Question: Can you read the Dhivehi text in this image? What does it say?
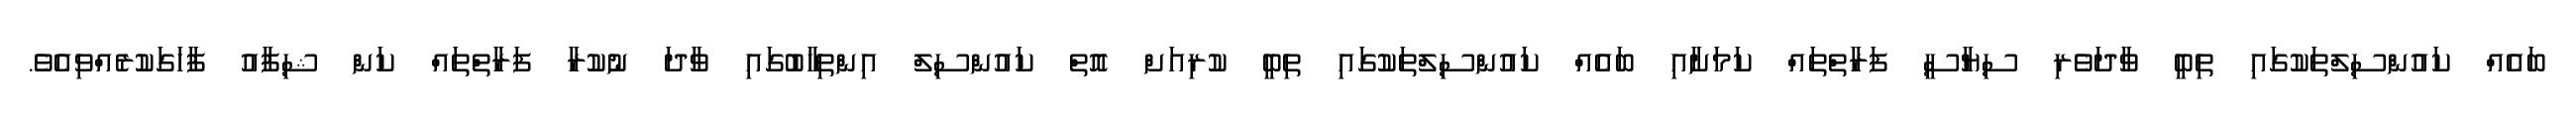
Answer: ބައެއް ކައުންސިލްތަކުގައި ތިބީ ވާދަވެރި ސިޔާސީ ފަރާތްތައް ކަމަށާއި ބައެއް ކައުންސިލްތަކުގައި ތިބީ ކުރިއަށް އޮތް ކައުންސިލް އިންތިޚާބުގައި ވާދަ ނުކުރާ ފަރާތްތައް ކަން ޝިފާއު ފާހަގަކުރެއްވިއެވެ.